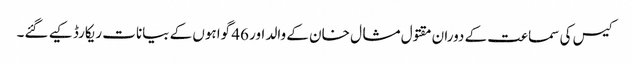
کیس کی سماعت کے دوران مقتول مشال خان کے والد اور 46 گواہوں کے بیانات ریکارڈ کیے گئے۔